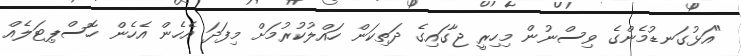
"އަޅުގަނޑުމެންގެ ވިސްނުން މިހިރީ ޖާގައިގެ ދަތިކަން ހައްލުކުރުމަށް މިފަދަ އެހެން އެހެން ހޮސްޕިޓަލެއް